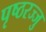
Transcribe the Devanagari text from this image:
पृष्ठरज्जु